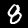
Digit: 8